Naisuhingud, lk 90
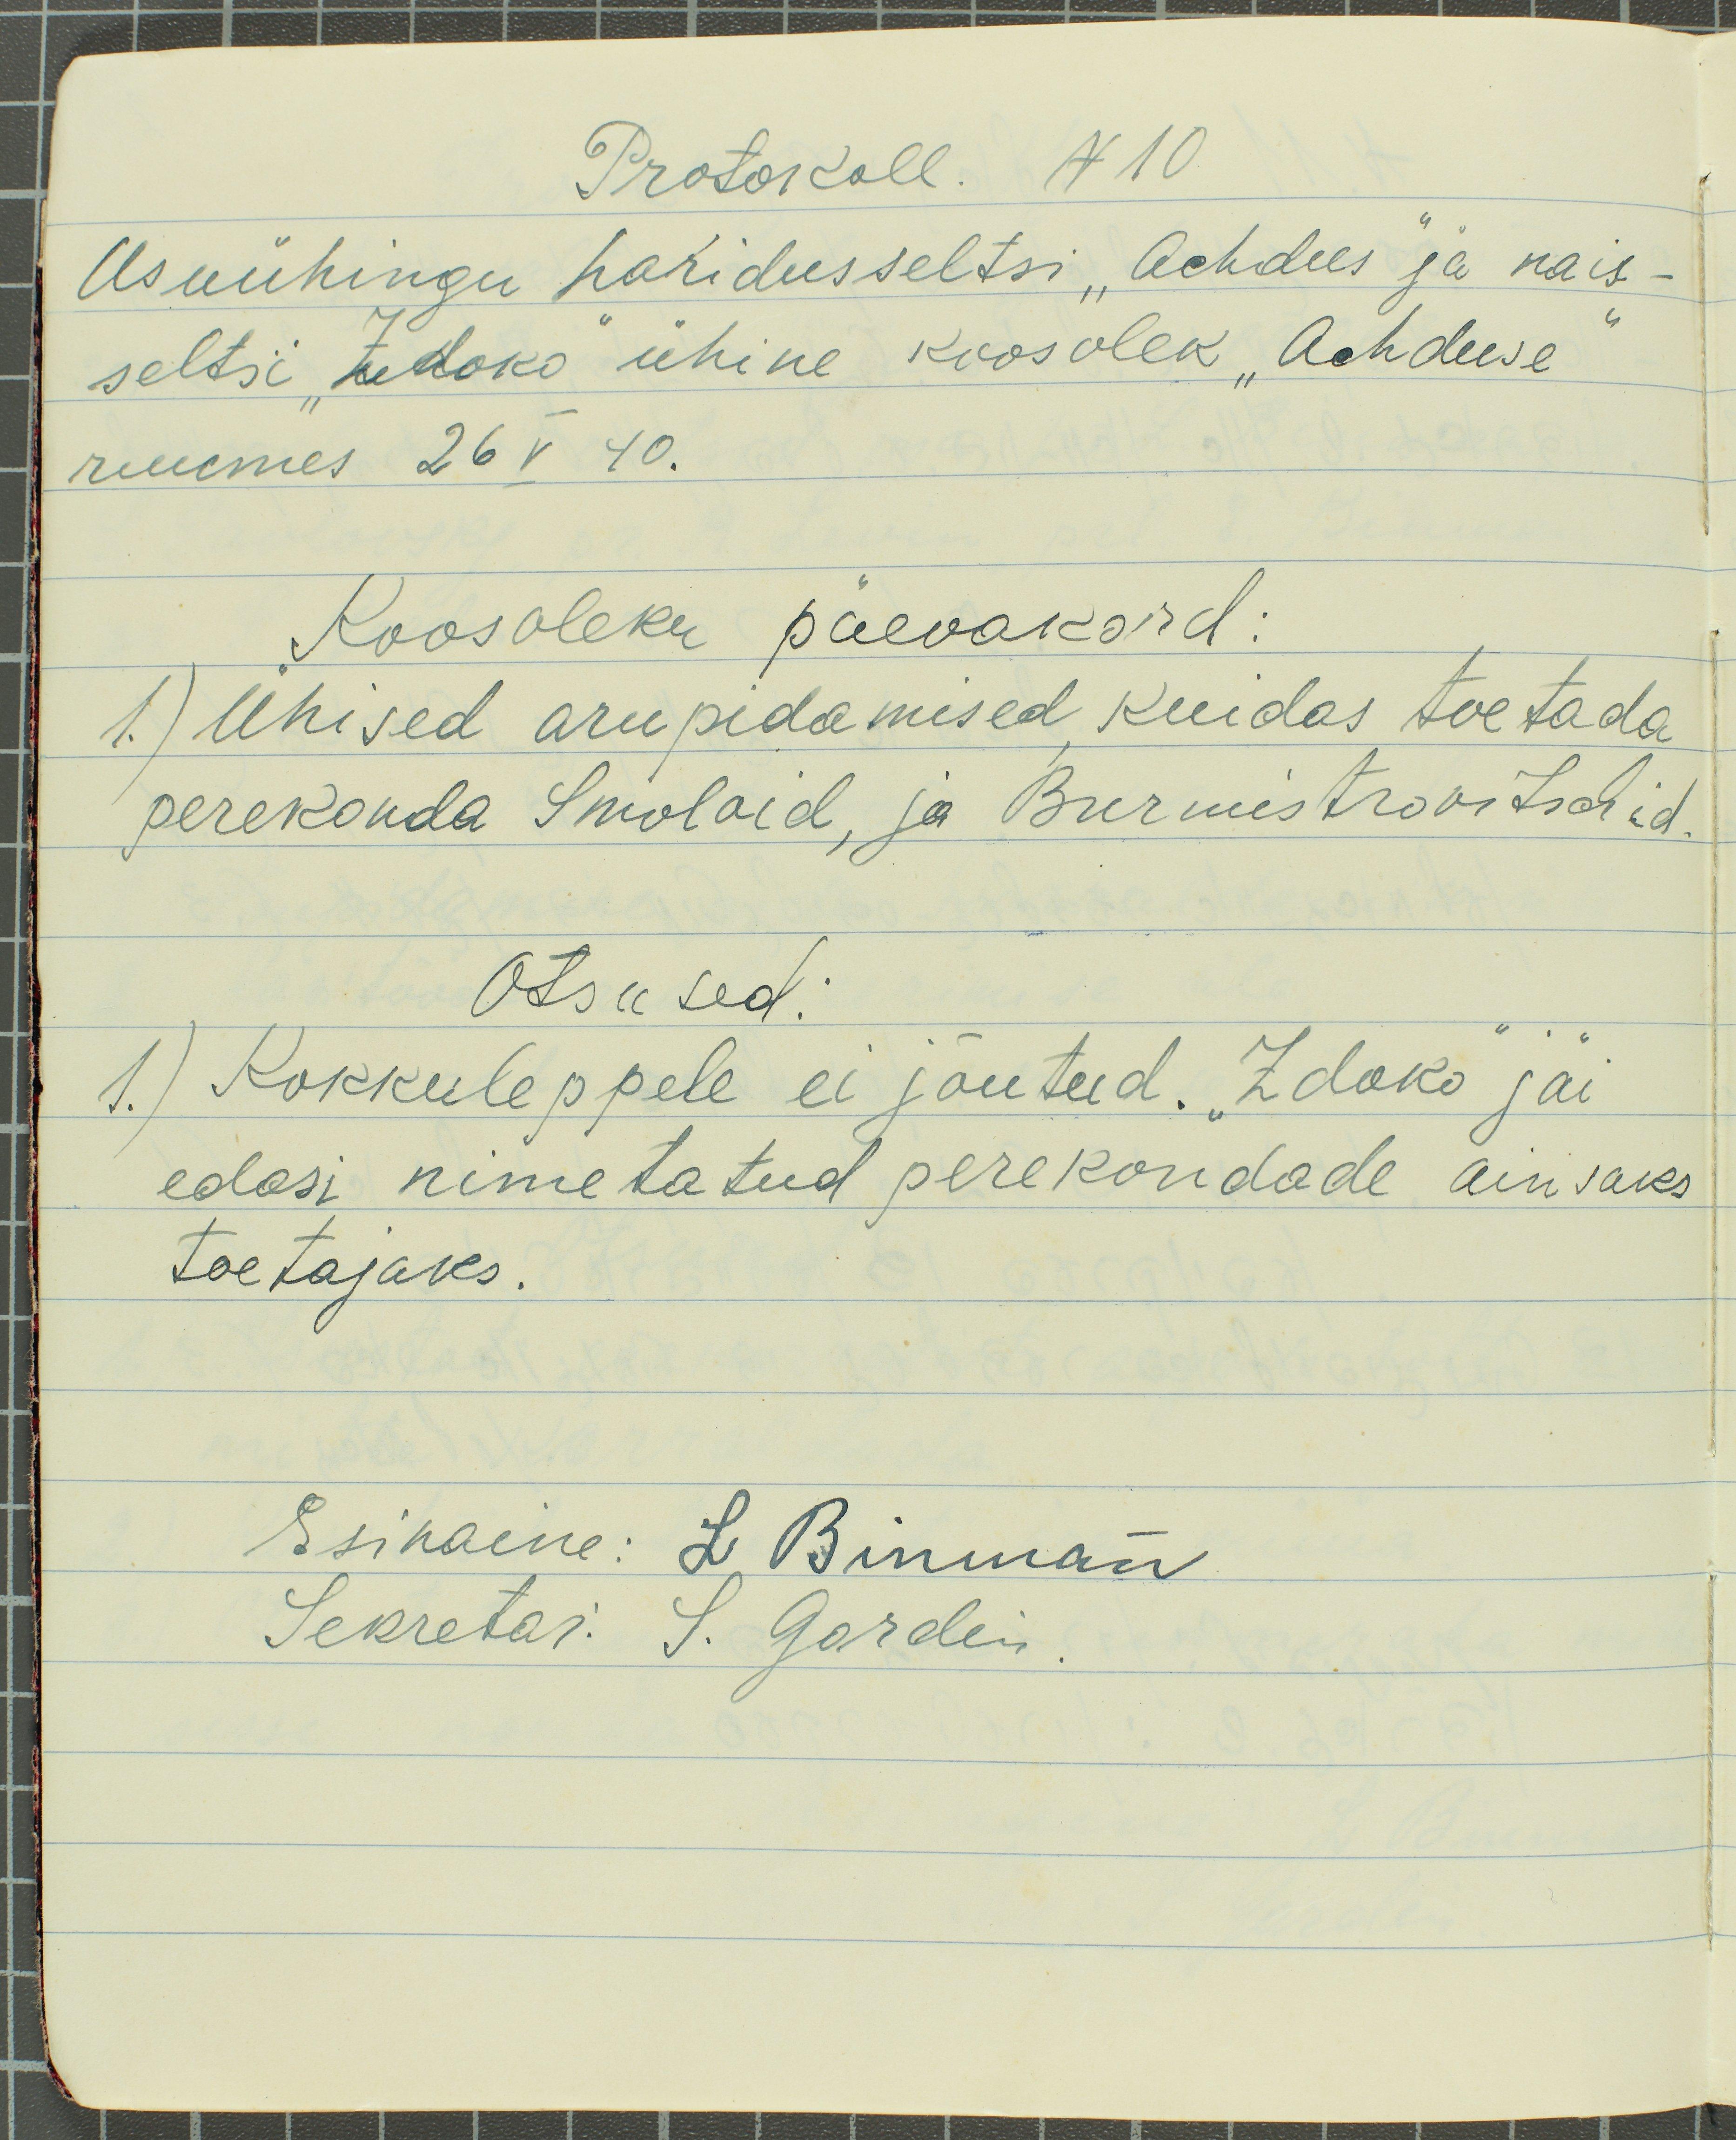
Protokoll. N 10
Usuühingu haridusseltsi "Achdus" ja nais-
seltsi "Zdoko" ühine koosolek "Achduse"
ruumes 26 V 40.
Koosoleku päevakord:
1.) Ühised arupidamised kuidas toetada
perekonda Smolaid, ja Burmistrovitschid
Otsused:
1.) Kokkuleppele ei jõutud. "Zdoko" jäi,
edasi nimetatud perekondade ainsaks
toetajaks.
Esinaine: L. Binman
Sekretär: S. Gordin.